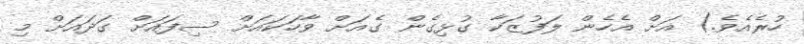
ހުރެއެވެ.) އަށް އެހެން ލަފުޒަކާ ގުޅިގެން ގެއަށް ވާހަކައަށް ސިފައަށް ގަދައަށް މި